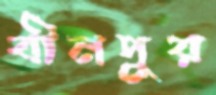
বীনপুর